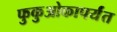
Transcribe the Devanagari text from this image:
फुकुओकापर्यंत